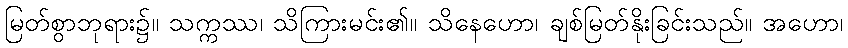
မြတ်စွာဘုရား၌။ သက္ကဿ၊ သိကြားမင်း၏။ သိနေဟော၊ ချစ်မြတ်နိုးခြင်းသည်။ အဟော၊